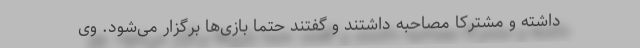
داشته و مشترکا مصاحبه داشتند و گفتند حتما بازی‌ها برگزار می‌شود. وی